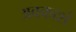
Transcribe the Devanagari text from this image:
अवकाशं